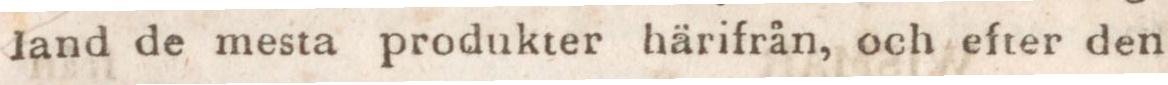
land de mesta produkter härifrån, och efter den